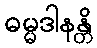
ဓမ္မဒါနန္တိ